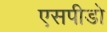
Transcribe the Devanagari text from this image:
एसपीडो